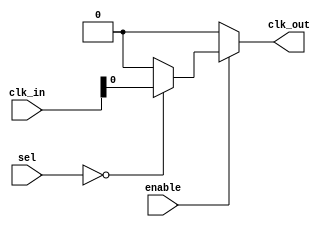
module cmux_buffer #(
    parameter NUM_CLOCKS = 4, // Number of clock inputs (e.g., 4 for CLK0 to CLK3)
    parameter SEL_WIDTH = 2    // Width of the selection signal (for 4 inputs, 2 bits are needed)
)(
    input  wire [NUM_CLOCKS-1:0] clk_in, // Multiple clock inputs
    input  wire [SEL_WIDTH-1:0] sel,      // Selection signal to choose clock input
    input  wire enable,                    // Enable signal to drive output
    output wire clk_out                    // Clock output to memory blocks
);

// Internal signal to hold the selected clock
wire selected_clk;

// Multiplexer to select the appropriate clock input based on the selection signal
generate
    genvar i;
    for (i = 0; i < NUM_CLOCKS; i = i + 1) begin : mux
        assign selected_clk[i] = (sel == i) ? clk_in[i] : 1'b0;
    end
endgenerate

// Buffering: Select the clock based on the enable signal
assign clk_out = enable ? selected_clk[0] : 1'b0;

// Note: The above implementation is simplified for clarity.
// In practice, you may want to use a more sophisticated method for clock selection,
// buffering, and to avoid glitches during clock switching.

endmodule